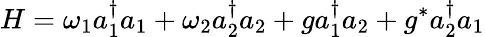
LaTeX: H=\omega_{1}a_{1}^{\dagger}a_{1}+\omega_{2}a_{2}^{\dagger}a_{2}+ga_{1}^{\dagger}a_{2}+g^{*}a_{2}^{\dagger}a_{1}